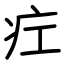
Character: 疘